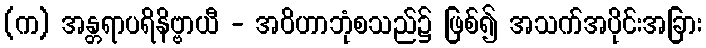
(က) အန္တရာပရိနိဗ္ဗာယီ - အဝိဟာဘုံစသည်၌ ဖြစ်၍ အသက်အပိုင်းအခြား